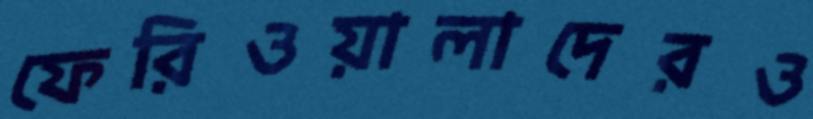
ফেরিওয়ালাদেরও